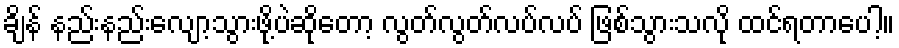
ချိန် နည်းနည်းလျော့သွားဖို့ပဲဆိုတော့ လွတ်လွတ်လပ်လပ် ဖြစ်သွားသလို ထင်ရတာပေါ့။